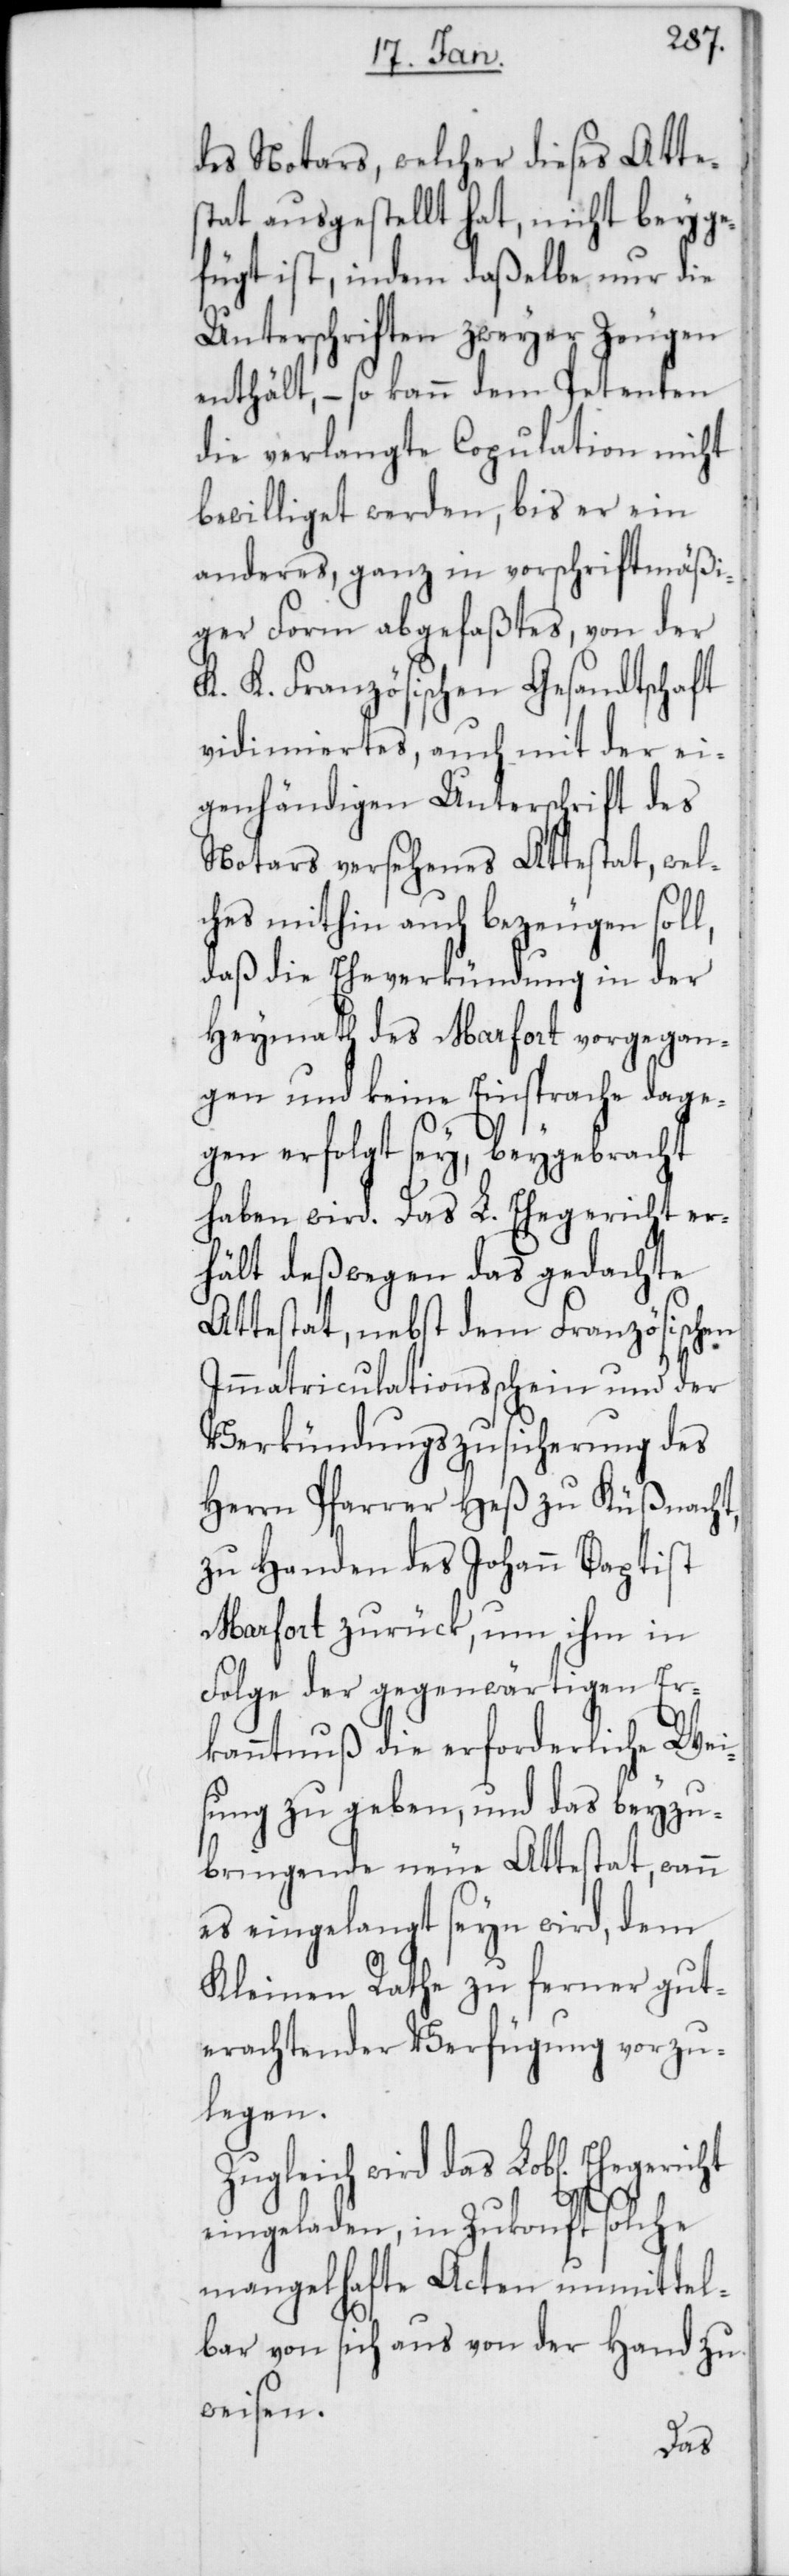
des Notars, welcher dieses Attes¬
tat ausgestellt hat, nicht beyge¬
fügt ist, indem daßelbe nur die
Unterschriften zweyer Zeugen
enthält, – so kann dem Petenten
die verlangte Copulation nicht
bewilliget werden, bis er ein
anderes, ganz in vorschriftmäßi¬
ger Form abgefaßtes, von der
K. K. Französischen Gesandtschaft
vidimiertes, auch mit der ei¬
genhändigen Unterschrift des
Notars versehenes Attestat, wel¬
ches mithin auch bezeugen soll,
daß die Eheverkündung in der
Heymath des Marfort vorgegan¬
gen und keine Einsprache dage¬
gen erfolgt sey, beygebracht
haben wird. Das L. Ehegericht er¬
hält deßwegen das gedachte
Attestat, nebst dem Französischen
Immatriculationsschein und der
Verkündungszusicherung des
Herrn Pfarrer Heß zu Küßnacht,
zu Handen des Johann Baptist
Marfort zurück, um ihm in
Folge der gegenwärtigen Er¬
kanntnuß die erforderliche Wei¬
sung zu geben, und das beyzu¬
bringende neue Attestat, wann
es eingelangt seyn wird, dem
Kleinen Rathe zu ferner gut¬
erachtender Verfügung vorzu¬
legen.
Zugleich wird das Lob[liche] Eh¬
egericht
eingeladen, in Zukonft solche
mangelhafte Acten unmittel¬
bar von sich aus von der Hand zu
weisen.